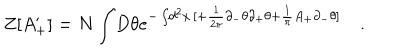
LaTeX: Z [ A _ { + } ^ { \prime } ] = N \int \! D \theta e ^ { - \int \! d ^ { 2 } x \, [ + \frac { 1 } { 2 \pi } \partial _ { - } \theta \partial _ { + } \theta + \frac { 1 } { \pi } A _ { + } \partial _ { - } \theta ] } \quad .